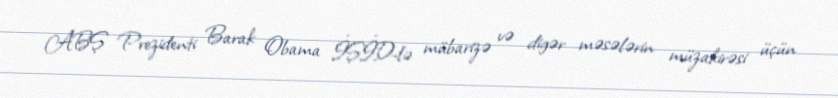
ABŞ Prezidenti Barak Obama İŞİD-lə mübarizə və digər məsələrin müzakirəsi üçün